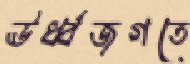
ঊর্ধ্বজগতে